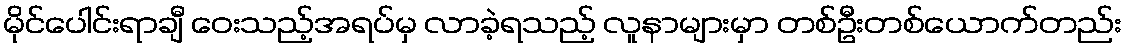
မိုင်ပေါင်းရာချီ ဝေးသည့်အရပ်မှ လာခဲ့ရသည့် လူနာများမှာ တစ်ဦးတစ်ယောက်တည်း